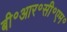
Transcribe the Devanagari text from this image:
बी॰आर॰सी॰एम॰